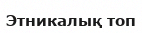
Этникалық топ